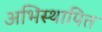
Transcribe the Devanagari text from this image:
अभिस्थापित